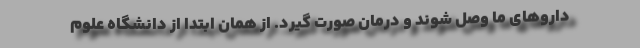
داروهای ما وصل شوند و درمان صورت گیرد. از همان ابتدا از دانشگاه علوم